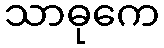
သာဓုကေ